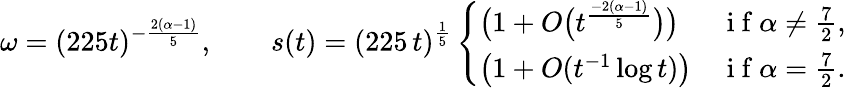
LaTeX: \omega=(225t)^{-\frac{2(\alpha-1)}{5}},\qquad s(t)=(225\, t)^{\frac 15}\left\{ \begin{array}{ll}{\big(1+O\big(t^{\frac{-2(\alpha-1)}{5}}\big)\big)}&{\mathrm{~i~f~}\alpha\ne\frac 72,}\\ {\big(1+O(t^{-1}\log t)\big)}&{\mathrm{~i~f~}\alpha=\frac 72.}\end{array}\right.